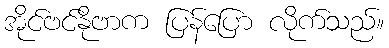
အိုင်ဗင်နိုဗာက ပြန်ပြော လိုက်သည်။